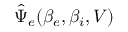
\hat { \Psi } _ { e } ( \beta _ { e } , \beta _ { i } , V )